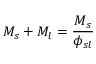
M _ { s } + M _ { l } = { \frac { M _ { s } } { \phi _ { s l } } }